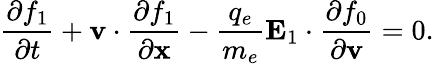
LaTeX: \frac{\partial f_{1}}{\partial t}+\mathbf{v}\cdot\frac{\partial f_{1}}{\partial\mathbf{x}}-\frac{q_{e}}{m_{e}}\mathbf{E}_{1}\cdot\frac{\partial f_{0}}{\partial\mathbf{v}}=0.